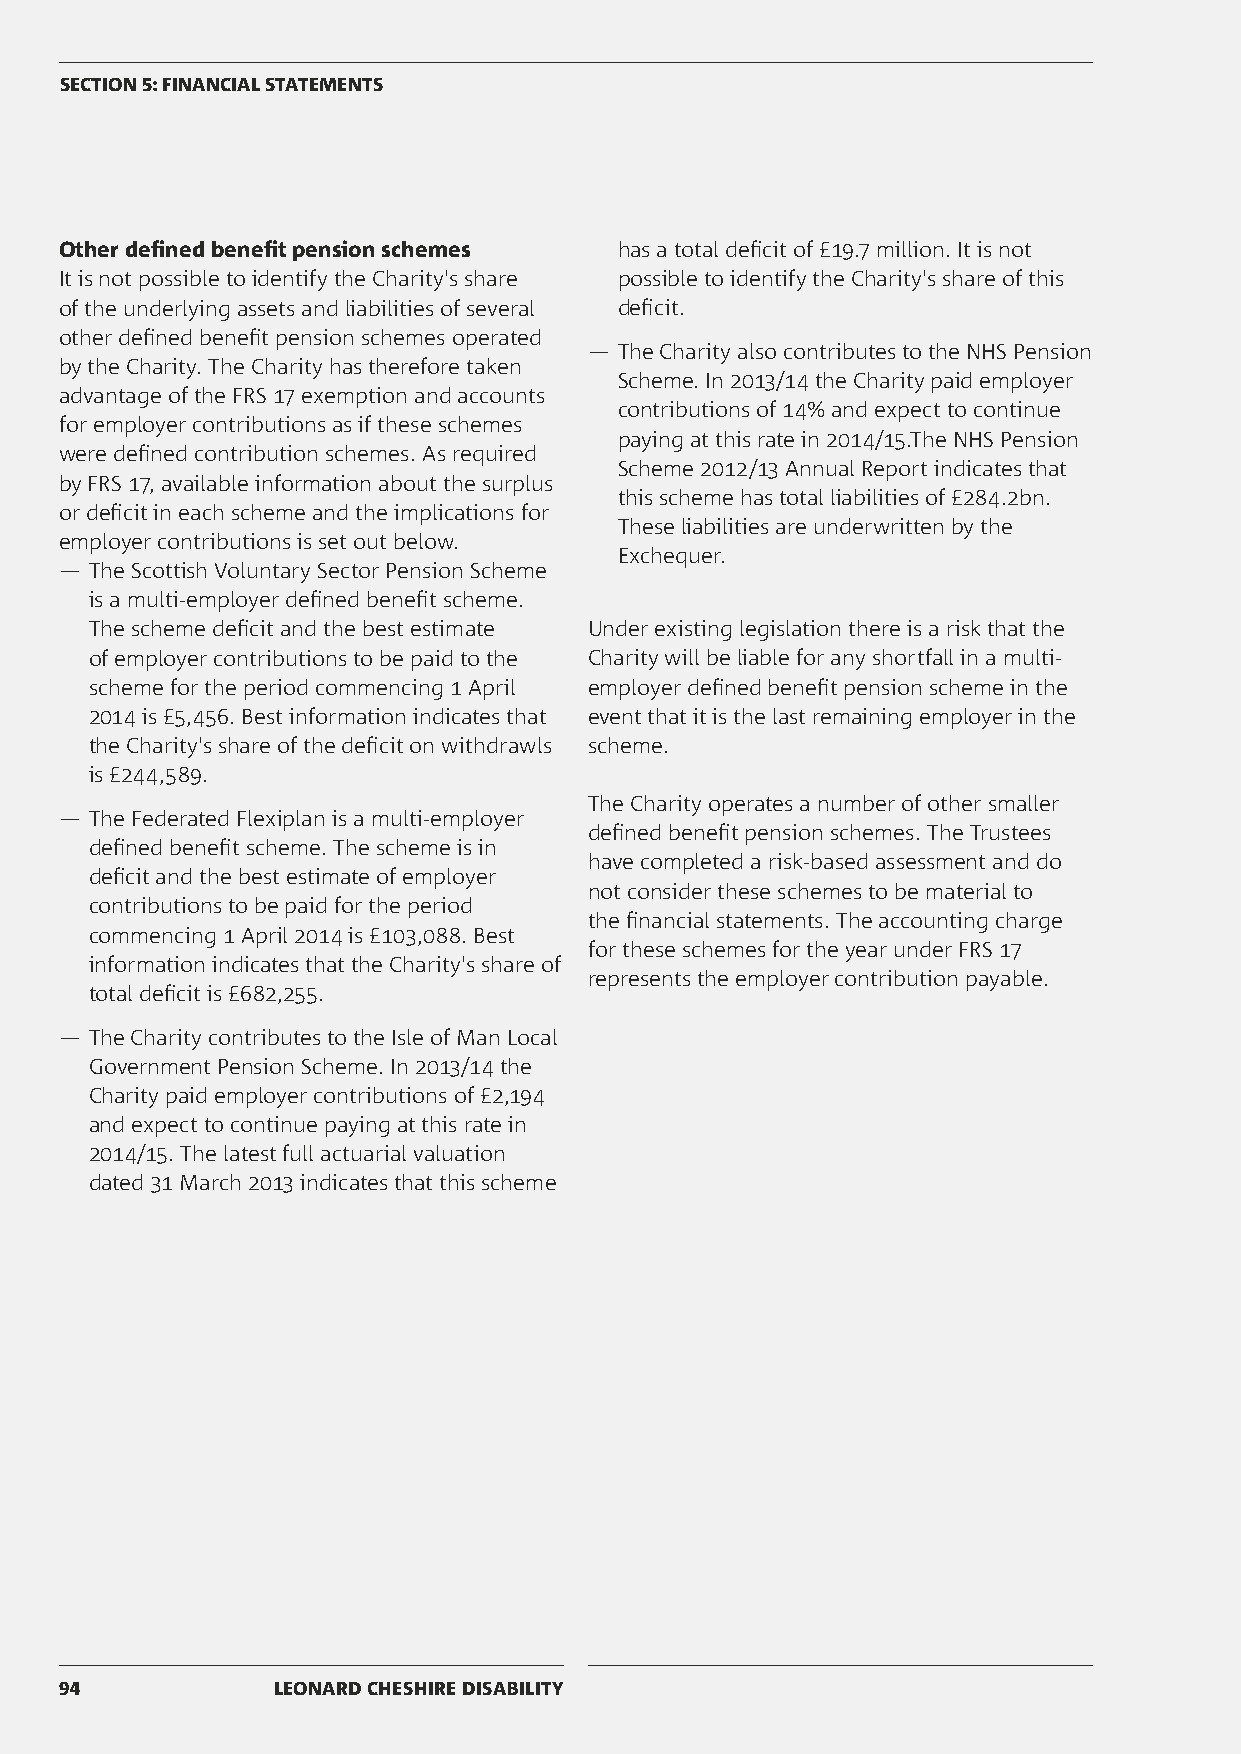
SECTION 5: FINANCIAL STATEMENTS
 Other defined benefit pension schemes has a total deficit of £19.7 million. It is not
 It is not possible to identify the Charity's share possible to identify the Charity's share of this
 of the underlying assets and liabilities of several deficit.
 other defined benefit pension schemes operated
 ― The Charity also contributes to the NHS Pension
 by the Charity. The Charity has therefore taken
 Scheme. In 2013/14 the Charity paid employer
 advantage of the FRS 17 exemption and accounts
 contributions of 14% and expect to continue
 for employer contributions as if these schemes
 paying at this rate in 2014/15.The NHS Pension
 were defined contribution schemes. As required
 Scheme 2012/13 Annual Report indicates that
 by FRS 17, available information about the surplus
 this scheme has total liabilities of £284.2bn.
 or deficit in each scheme and the implications for
 These liabilities are underwritten by the
 employer contributions is set out below.
 Exchequer.
 ― The Scottish Voluntary Sector Pension Scheme
 is a multi-employer defined benefit scheme.
 The scheme deficit and the best estimate Under existing legislation there is a risk that the
 of employer contributions to be paid to the Charity will be liable for any shortfall in a multi-
 scheme for the period commencing 1 April employer defined benefit pension scheme in the
 2014 is £5,456. Best information indicates that event that it is the last remaining employer in the
 the Charity's share of the deficit on withdrawls scheme.
 is £244,589.
 The Charity operates a number of other smaller
 ― The Federated Flexiplan is a multi-employer
 defined benefit pension schemes. The Trustees
 defined benefit scheme. The scheme is in
 have completed a risk-based assessment and do
 deficit and the best estimate of employer
 not consider these schemes to be material to
 contributions to be paid for the period
 the financial statements. The accounting charge
 commencing 1 April 2014 is £103,088. Best
 for these schemes for the year under FRS 17
 information indicates that the Charity's share of
 represents the employer contribution payable.
 total deficit is £682,255.
 ― The Charity contributes to the Isle of Man Local
 Government Pension Scheme. In 2013/14 the
 Charity paid employer contributions of £2,194
 and expect to continue paying at this rate in
 2014/15. The latest full actuarial valuation
 dated 31 March 2013 indicates that this scheme
 94            LEONARD CHESHIRE DISABILITY